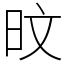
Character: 旼